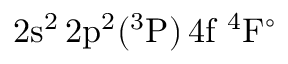
\mathrm { 2 s ^ { 2 } \, 2 p ^ { 2 } ( ^ { 3 } P ) \, 4 f ~ ^ { 4 } F ^ { \circ } }